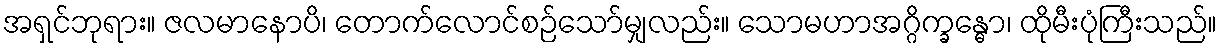
အရှင်ဘုရား။ ဇလမာနောပိ၊ တောက်လောင်စဉ်သော်မျှလည်း။ သောမဟာအဂ္ဂိက္ခန္ဓော၊ ထိုမီးပုံကြီးသည်။